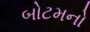
બોટમનો